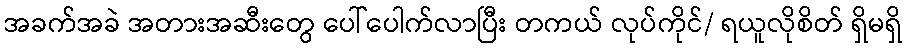
အခက်အခဲ အတားအဆီးတွေ ပေါ်ပေါက်လာပြီး တကယ် လုပ်ကိုင်/ ရယူလိုစိတ် ရှိမရှိ